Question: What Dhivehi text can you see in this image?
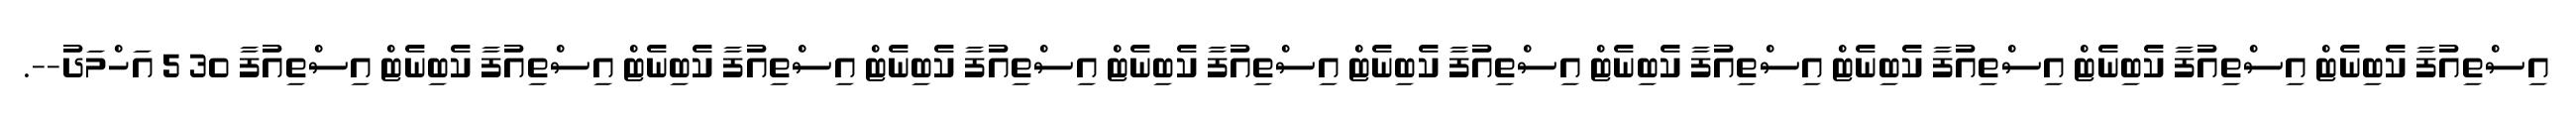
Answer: އިސްތިއުފާ ކެބިނެޓް އިސްތިއުފާ ކެބިނެޓް އިސްތިއުފާ ކެބިނެޓް އިސްތިއުފާ ކެބިނެޓް އިސްތިއުފާ ކެބިނެޓް އިސްތިއުފާ ކެބިނެޓް އިސްތިއުފާ ކެބިނެޓް އިސްތިއުފާ ކެބިނެޓް އިސްތިއުފާ ކެބިނެޓް އިސްތިއުފާ 30 5 އަހްމަދު--.